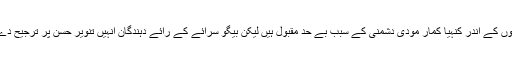
اس میں شک نہیں کہ قومی سطح پر مسلمانوں کے اندر کنہیا کمار مودی دشمنی کے سبب بے حد مقبول ہیں لیکن بیگو سرائے کے رائے دہندگان انہیں تنویر حسن پر ترجیح دے کر کامیاب کریں گے اس کی امید کم ہے۔